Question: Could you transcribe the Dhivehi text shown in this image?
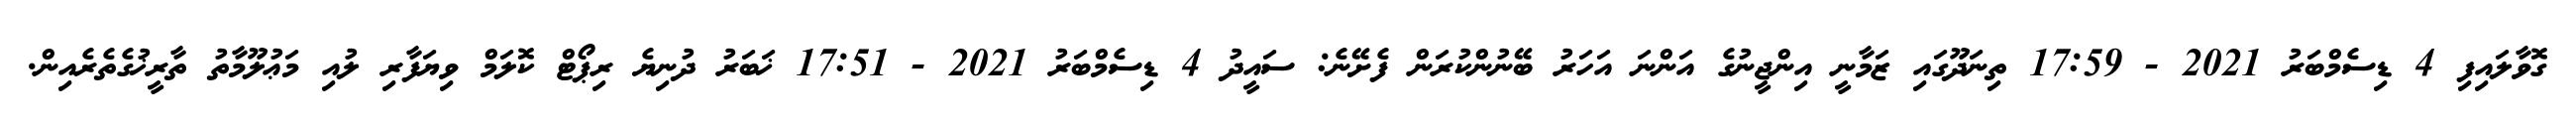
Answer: ގޮވާލައިފި 4 ޑިސެމްބަރު 2021 - 17:59 ތިނަދޫގައި ޒަމާނީ އިންޖީނުގެ އަންނަ އަހަރު ބޭނުންކުރަން ފެށޭނެ: ސައީދު 4 ޑިސެމްބަރު 2021 - 17:51 ޚަބަރު ދުނިޔެ ރިޕޯޓް ކޮލަމް ވިޔަފާރި ލުއި މަޢުލޫމާތު ތާރީޚުގެތެރެއިން.